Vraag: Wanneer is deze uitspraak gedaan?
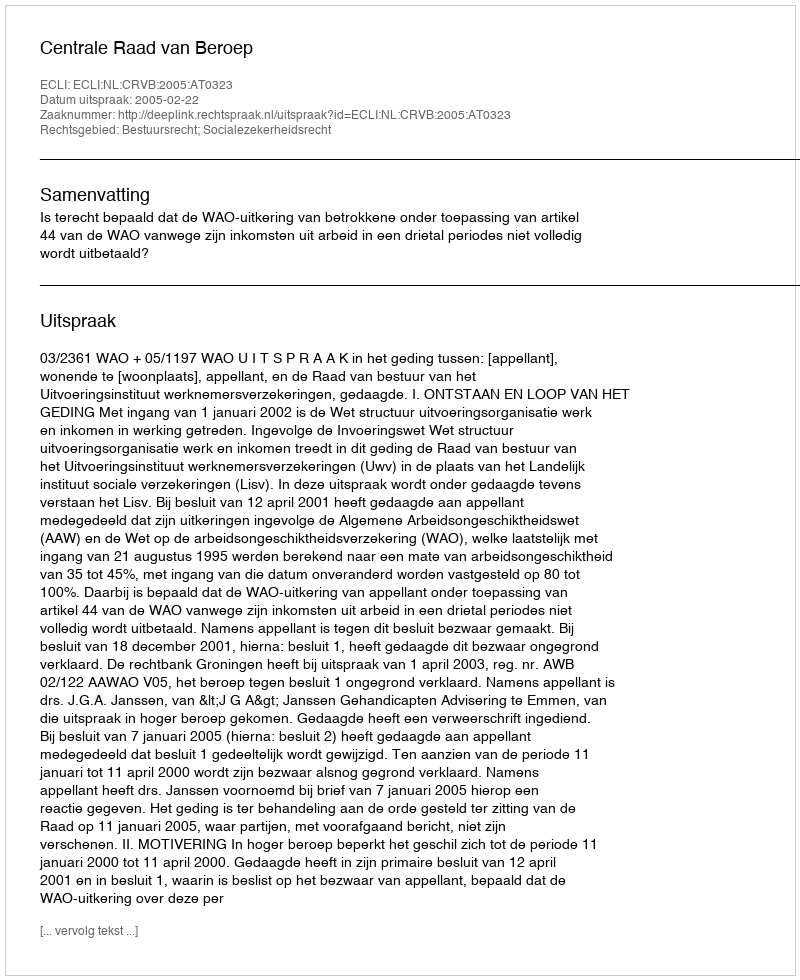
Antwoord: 2005-02-22